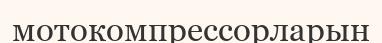
мотокомпрессорларын